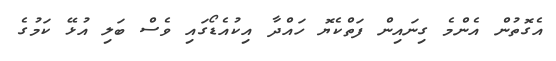
އެގޮތުން އެންމެ ގިނައިން ފަތްކެޔޮ ހައްދާ އިކުއެޑޯގައި ވެސް ބަލި އުޅޭ ކަމުގެ